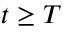
t \geq T